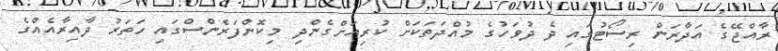
ރާއްޖޭގެ އަދާރަން ރިސޯޓުގައި ދެ ދުވަހުގެ މުއްދަތަކަށް ކުރިއަށްގެންދި މިކޮންފަރެންސްގައި ހަތަރު ދާއިރާއެއްގެ